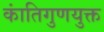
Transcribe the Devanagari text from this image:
कांतिगुणयुक्त